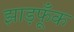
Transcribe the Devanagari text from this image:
झाड़फूँक